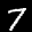
Label: 7